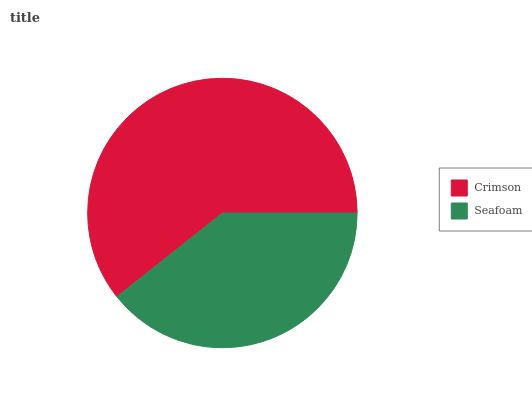
| Crimson | Seafoam |
 | --- | --- |
 | 60.7% | 39.3% |